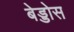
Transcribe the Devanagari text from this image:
बेड्डोस